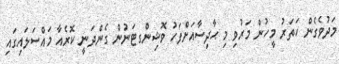
މަދުވެގެން ހަތަރު މީހުން މަރުވި މި ޙާދިސާއަށްފަހު ވޮޝިންގޓަނުން ގެންދަނީ ކޮރެއާ މައްސަލައިގައި